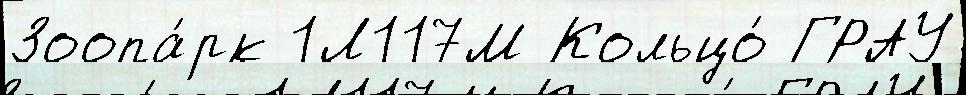
Зоопа́рк 1Л117М Кольцо́ ГРАУ